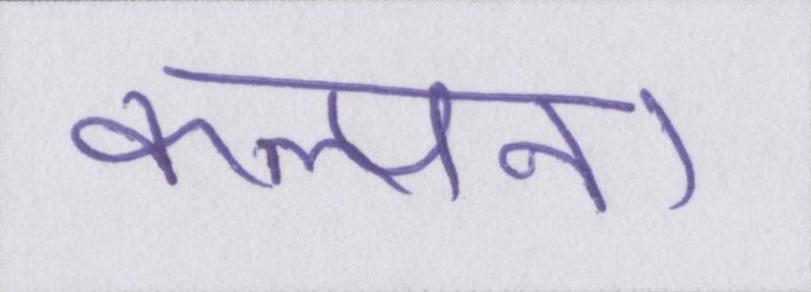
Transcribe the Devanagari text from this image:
कल्पना